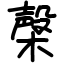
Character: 㯏